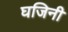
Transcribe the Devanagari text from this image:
घजिनी